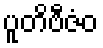
ပူတိဗီဇံဝ